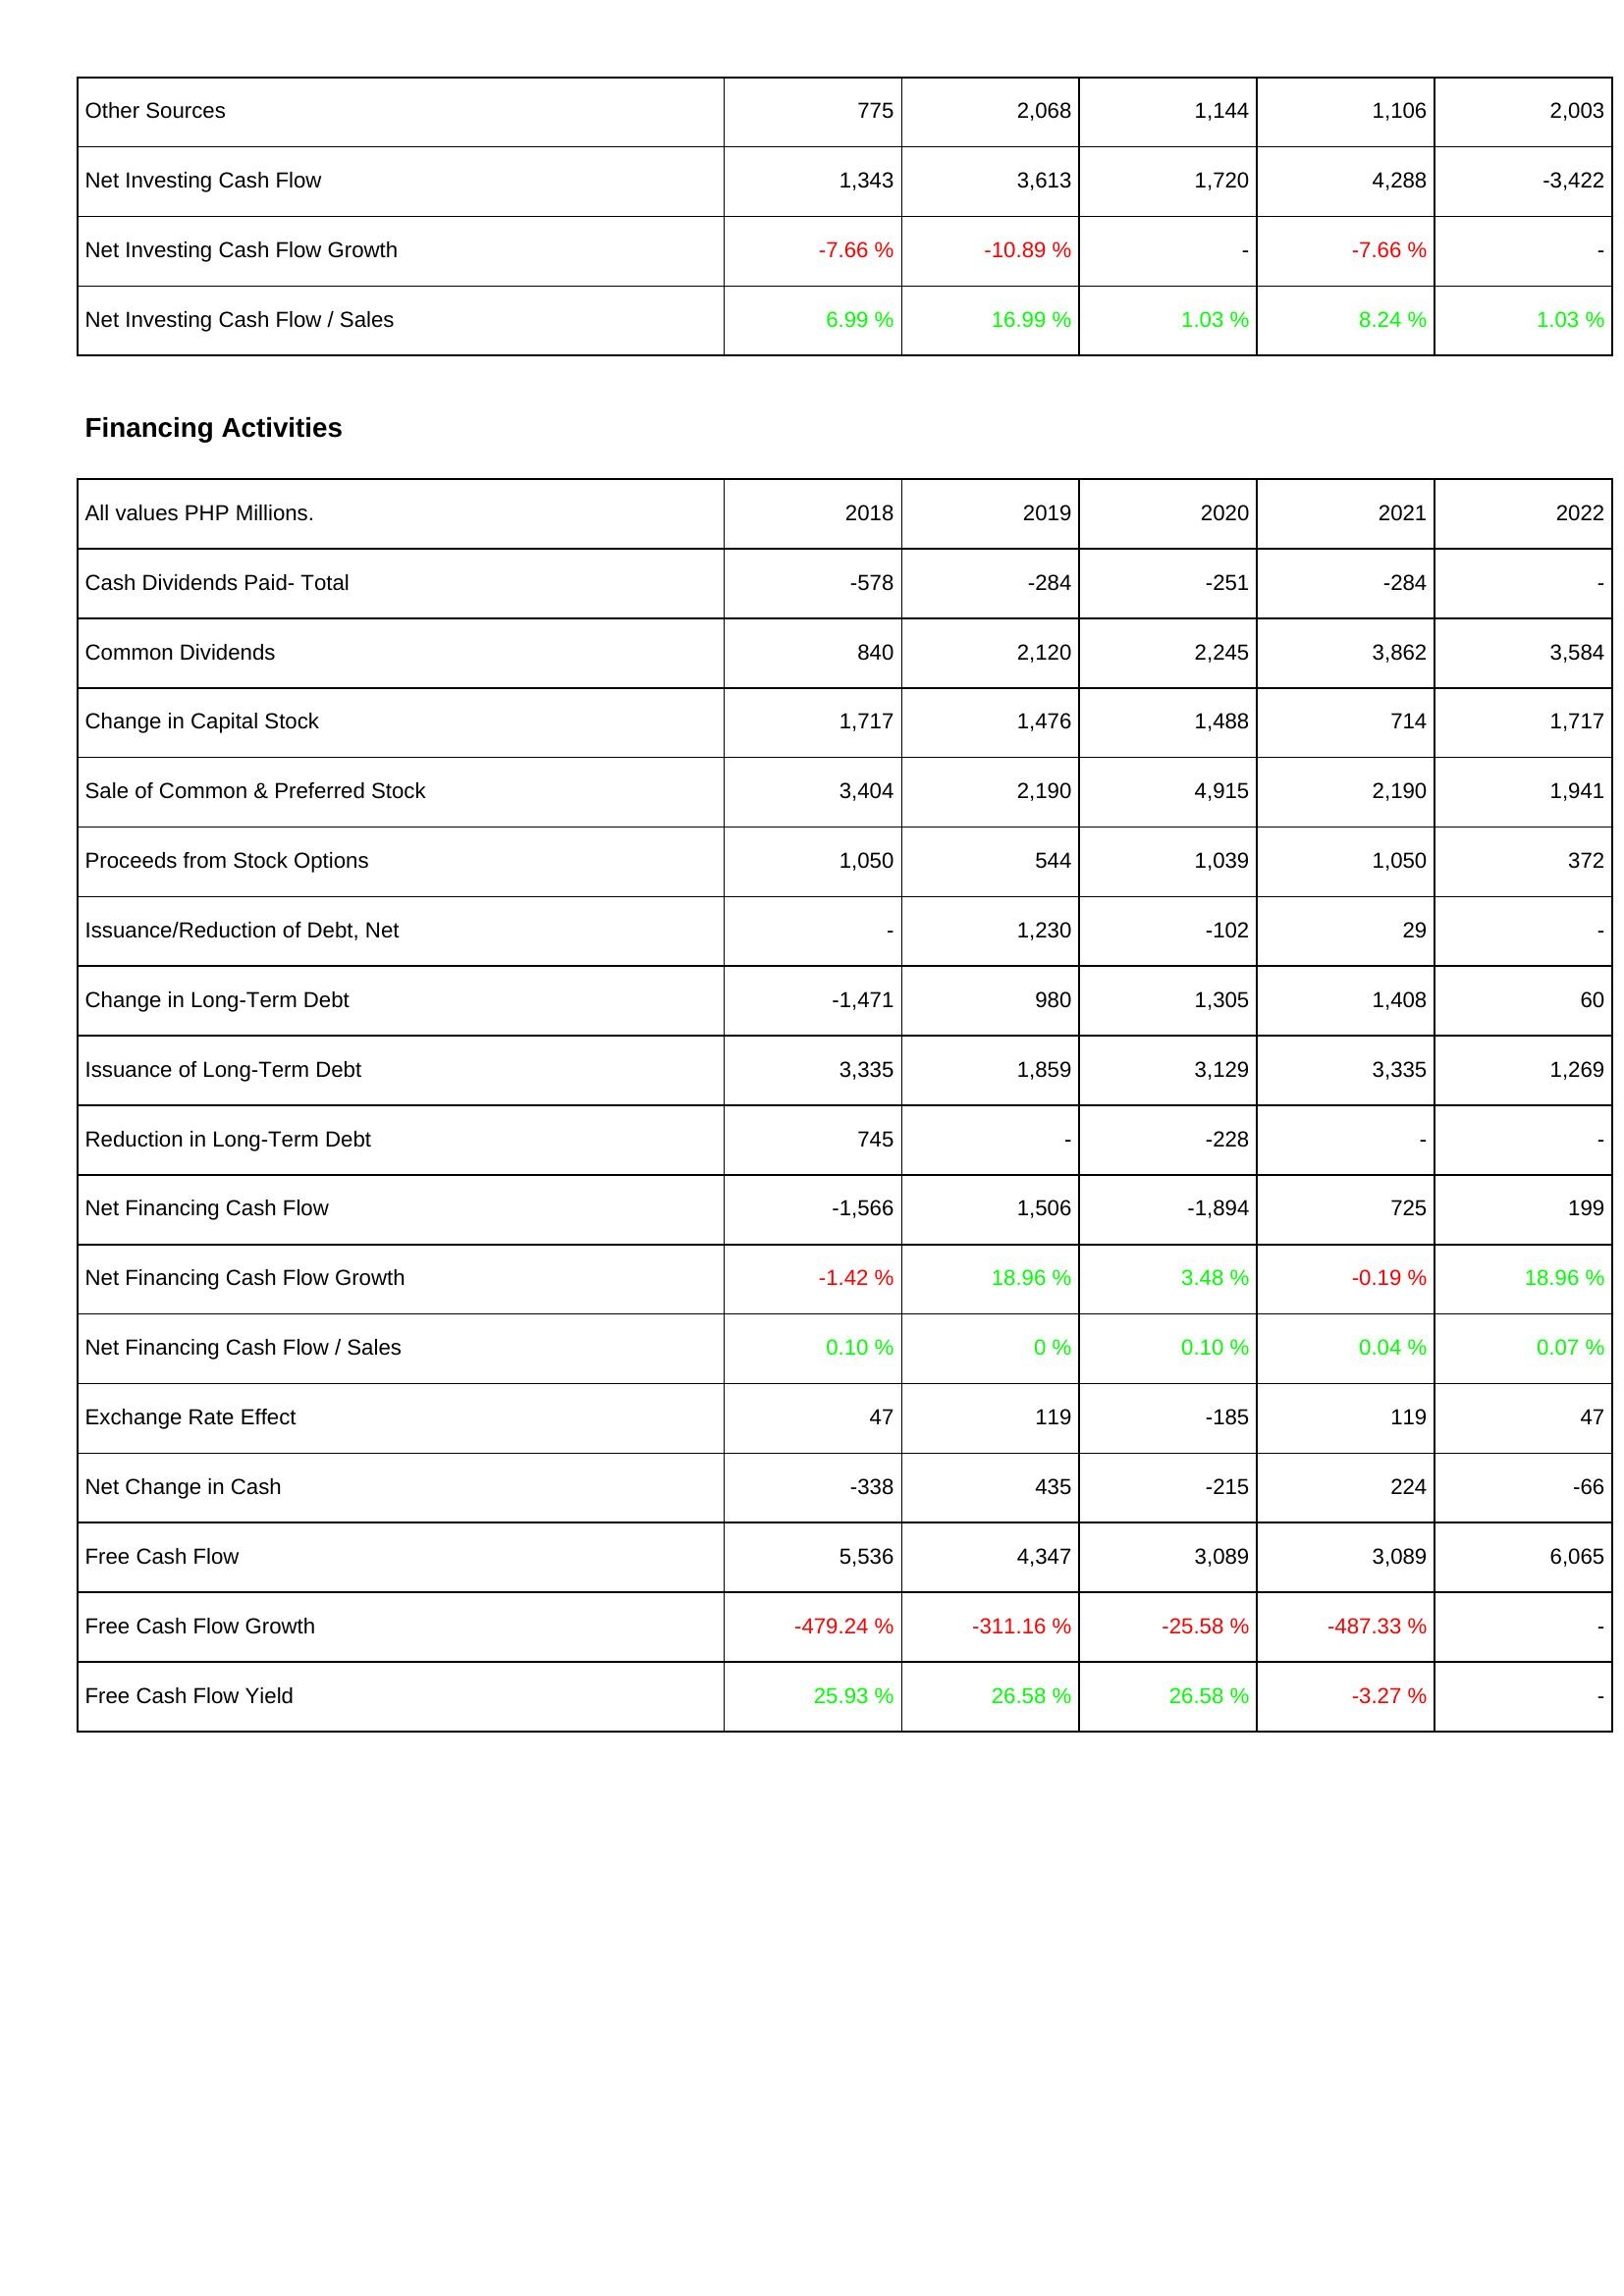
2018: Investing Activities: Other Sources: 775
Net Investing Cash Flow: 1,343
Net Investing Cash Flow Growth: -7.66 %
Net Investing Cash Flow / Sales: 6.99 %
Financing Activities: Cash Dividends Paid- Total: -578
Common Dividends: 840
Change in Capital Stock: 1,717
Sale of Common & Preferred Stock: 3,404
Proceeds from Stock Options: 1,050
Issuance/Reduction of Debt, Net: -
Change in Long-Term Debt: -1,471
Issuance of Long-Term Debt: 3,335
Reduction in Long-Term Debt: 745
Net Financing Cash Flow: -1,566
Net Financing Cash Flow Growth: -1.42 %
Net Financing Cash Flow / Sales: 0.10 %
Exchange Rate Effect: 47
Net Change in Cash: -338
Free Cash Flow: 5,536
Free Cash Flow Growth: -479.24 %
Free Cash Flow Yield: 25.93 %
2019: Investing Activities: Other Sources: 2,068
Net Investing Cash Flow: 3,613
Net Investing Cash Flow Growth: -10.89 %
Net Investing Cash Flow / Sales: 16.99 %
Financing Activities: Cash Dividends Paid- Total: -284
Common Dividends: 2,120
Change in Capital Stock: 1,476
Sale of Common & Preferred Stock: 2,190
Proceeds from Stock Options: 544
Issuance/Reduction of Debt, Net: 1,230
Change in Long-Term Debt: 980
Issuance of Long-Term Debt: 1,859
Reduction in Long-Term Debt: -
Net Financing Cash Flow: 1,506
Net Financing Cash Flow Growth: 18.96 %
Net Financing Cash Flow / Sales: 0 %
Exchange Rate Effect: 119
Net Change in Cash: 435
Free Cash Flow: 4,347
Free Cash Flow Growth: -311.16 %
Free Cash Flow Yield: 26.58 %
2020: Investing Activities: Other Sources: 1,144
Net Investing Cash Flow: 1,720
Net Investing Cash Flow Growth: -
Net Investing Cash Flow / Sales: 1.03 %
Financing Activities: Cash Dividends Paid- Total: -251
Common Dividends: 2,245
Change in Capital Stock: 1,488
Sale of Common & Preferred Stock: 4,915
Proceeds from Stock Options: 1,039
Issuance/Reduction of Debt, Net: -102
Change in Long-Term Debt: 1,305
Issuance of Long-Term Debt: 3,129
Reduction in Long-Term Debt: -228
Net Financing Cash Flow: -1,894
Net Financing Cash Flow Growth: 3.48 %
Net Financing Cash Flow / Sales: 0.10 %
Exchange Rate Effect: -185
Net Change in Cash: -215
Free Cash Flow: 3,089
Free Cash Flow Growth: -25.58 %
Free Cash Flow Yield: 26.58 %
2021: Investing Activities: Other Sources: 1,106
Net Investing Cash Flow: 4,288
Net Investing Cash Flow Growth: -7.66 %
Net Investing Cash Flow / Sales: 8.24 %
Financing Activities: Cash Dividends Paid- Total: -284
Common Dividends: 3,862
Change in Capital Stock: 714
Sale of Common & Preferred Stock: 2,190
Proceeds from Stock Options: 1,050
Issuance/Reduction of Debt, Net: 29
Change in Long-Term Debt: 1,408
Issuance of Long-Term Debt: 3,335
Reduction in Long-Term Debt: -
Net Financing Cash Flow: 725
Net Financing Cash Flow Growth: -0.19 %
Net Financing Cash Flow / Sales: 0.04 %
Exchange Rate Effect: 119
Net Change in Cash: 224
Free Cash Flow: 3,089
Free Cash Flow Growth: -487.33 %
Free Cash Flow Yield: -3.27 %
2022: Investing Activities: Other Sources: 2,003
Net Investing Cash Flow: -3,422
Net Investing Cash Flow Growth: -
Net Investing Cash Flow / Sales: 1.03 %
Financing Activities: Cash Dividends Paid- Total: -
Common Dividends: 3,584
Change in Capital Stock: 1,717
Sale of Common & Preferred Stock: 1,941
Proceeds from Stock Options: 372
Issuance/Reduction of Debt, Net: -
Change in Long-Term Debt: 60
Issuance of Long-Term Debt: 1,269
Reduction in Long-Term Debt: -
Net Financing Cash Flow: 199
Net Financing Cash Flow Growth: 18.96 %
Net Financing Cash Flow / Sales: 0.07 %
Exchange Rate Effect: 47
Net Change in Cash: -66
Free Cash Flow: 6,065
Free Cash Flow Growth: -
Free Cash Flow Yield: -